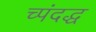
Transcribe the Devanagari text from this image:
च्पंदद्ध